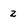
Character: 2